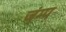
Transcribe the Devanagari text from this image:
जंम्प